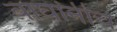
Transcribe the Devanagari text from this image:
वाघांनीच